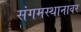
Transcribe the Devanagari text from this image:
संगमस्थानावर